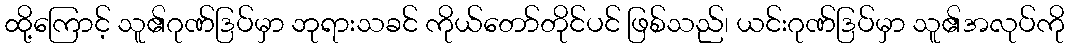
ထို့ကြောင့် သူ၏ဂုဏ်ဒြပ်မှာ ဘုရားသခင် ကိုယ်တော်တိုင်ပင် ဖြစ်သည်၊ ယင်းဂုဏ်ဒြပ်မှာ သူ၏အလုပ်ကို